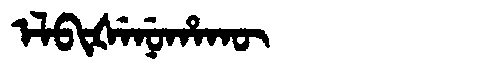
Manchu: ᡝᠯᠪᡳᡧᡝᠨᡠᡥᠠᡴᡡ
Romanization: ELBIŠENUHAKŪ